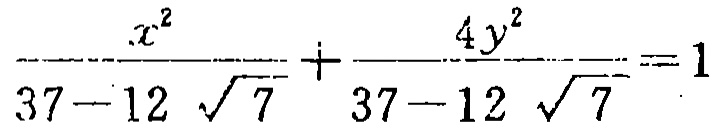
\(\frac{x^{2}}{37 - 12\sqrt{7}}+\frac{4y^{2}}{37 - 12\sqrt{7}} = 1\)